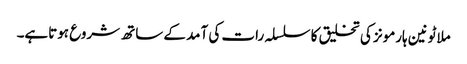
ملاٹونین ہارمونز کی تخلیق کا سلسلہ رات کی آمد کے ساتھ شروع ہوتاہے۔